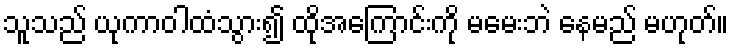
သူသည် ယုကာဝါထံသွား၍ ထိုအကြောင်းကို မမေးဘဲ နေမည် မဟုတ်။